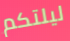
ليلتكم